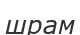
шрам